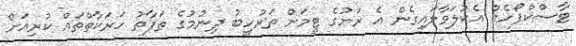
ޓާސްކްފޯހެއް އެކުލަވާލައިގެން އެ ރަށުގެ ޓީމަށް ތަރުހީބު ދިނުމުގެ ތަފާތު ހަރަކާތްތައް ކުރިއަށް